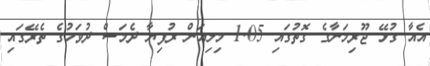
އެއާ ގުޅޭ ޖޫރިމަނާގެ ގޮތުގައި 1.05 މިލިއަން ރުފިޔާ ދެމަސް ދުވަހުގެ ތެރޭގައި